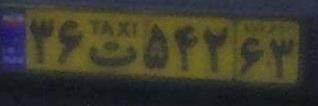
۳۶ت۵۴۲۶۳